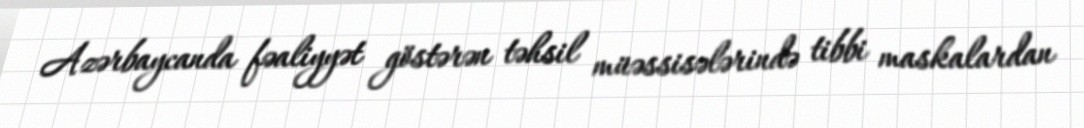
Azərbaycanda fəaliyyət göstərən təhsil müəssisələrində tibbi maskalardan